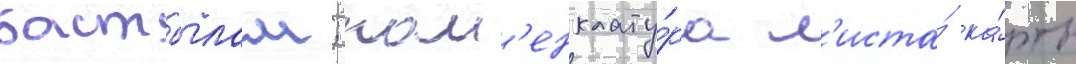
бастылам; ном'енклату́ра л'иста́ ка́рты